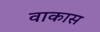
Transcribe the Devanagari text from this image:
वाकास